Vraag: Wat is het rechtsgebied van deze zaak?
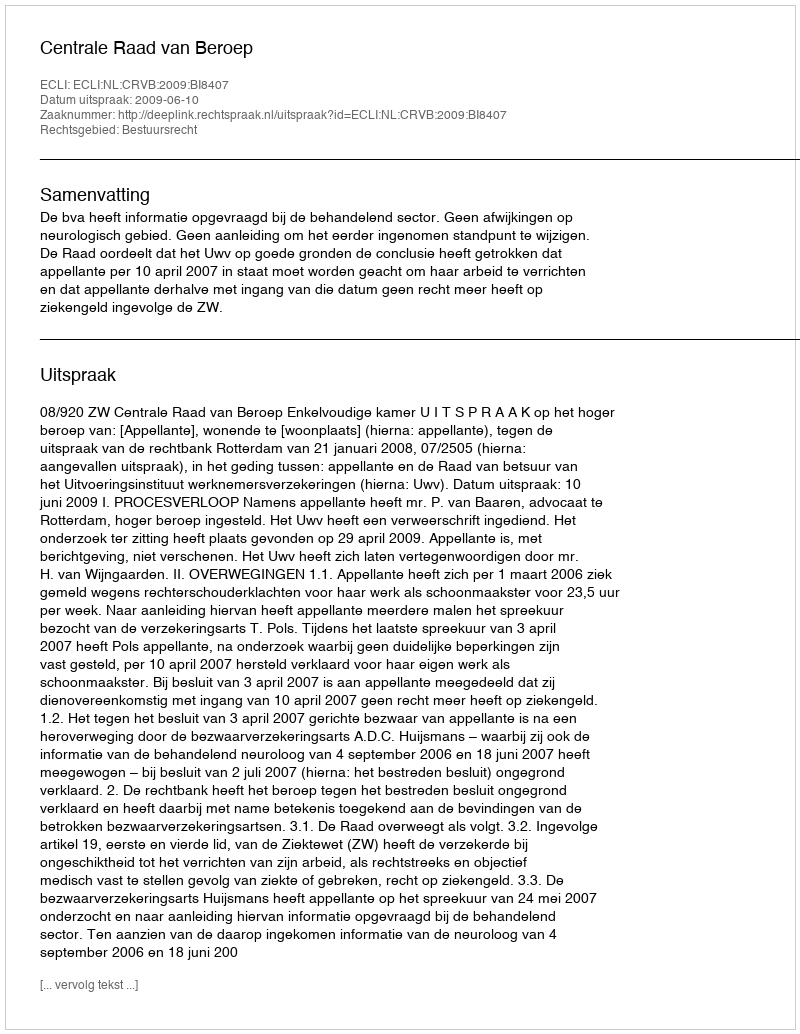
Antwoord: Bestuursrecht